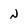
Character: N